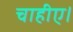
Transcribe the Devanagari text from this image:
चाहीए।